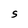
Character: S